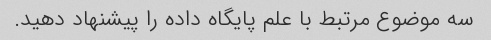
سه موضوع مرتبط با علم پایگاه داده را پیشنهاد دهید.